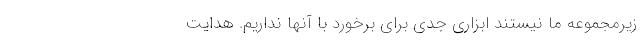
زیرمجموعه ما نیستند ابزاری جدی برای برخورد با آنها نداریم. هدایت